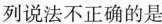
列说法不正确的是